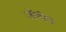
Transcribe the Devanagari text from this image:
जीवीचे